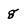
Character: g